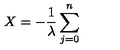
X = - \frac { 1 } { \lambda } \sum _ { j = 0 } ^ { n }